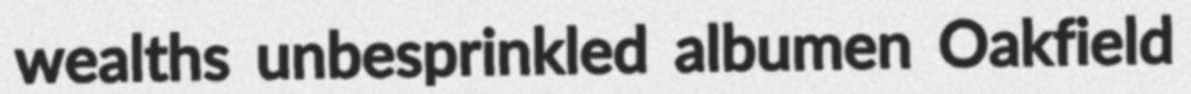
wealths unbesprinkled albumen Oakfield